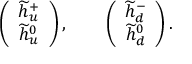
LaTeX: \left( \begin{array} { c } { { \widetilde { h } _ { u } ^ { + } } } \\ { { \widetilde { h } _ { u } ^ { 0 } } } \end{array} \right) , \qquad \left( \begin{array} { c } { { \widetilde { h } _ { d } ^ { - } } } \\ { { \widetilde { h } _ { d } ^ { 0 } } } \end{array} \right) . \qquad